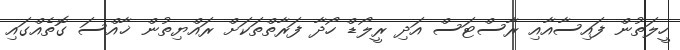
ހީލަތުން ފައިސާއާއި ރާސްޓަސް އަދި ރީލޯޑް ހޯދާ ފަރާތްތަކަށް ރައްޔިތުން ޚާއްސަ ގޮތެއްގައި